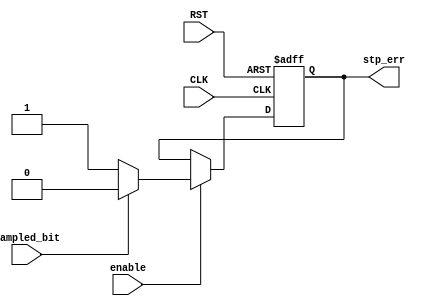
module stop_check #(parameter DATA_WIDTH = 8) (
  input   wire                  sampled_bit  ,
  input   wire                  enable       ,
  input   wire                  CLK          ,
  input   wire                  RST          ,
  output  reg                  stp_err 
  );
  
always@(posedge CLK or negedge RST)
 begin 
   if(!RST)
     begin
       stp_err <= 0;
     end
   else if(enable)
     begin
       if(sampled_bit == 'b1)
         stp_err <= 'b0;
       else
         stp_err <= 'b1;
     end
 end 
  
endmodule